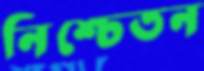
নিশ্চেতন